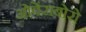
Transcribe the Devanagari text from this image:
ओवेंसबोरो